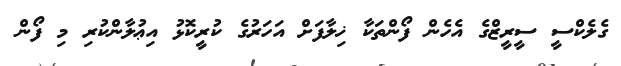
ގެލެކްސީ ސީރީޒްގެ އެހެން ފޯންތަކާ ޚިލާފަށް އަހަރުގެ ކުރީކޮޅު އިޢުލާންކުރި މި ފޯން